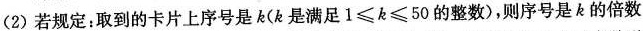
(2)若规定：取到的卡片上序号是k(k是满足1≤k≤50的整数)，则序号是k的倍数